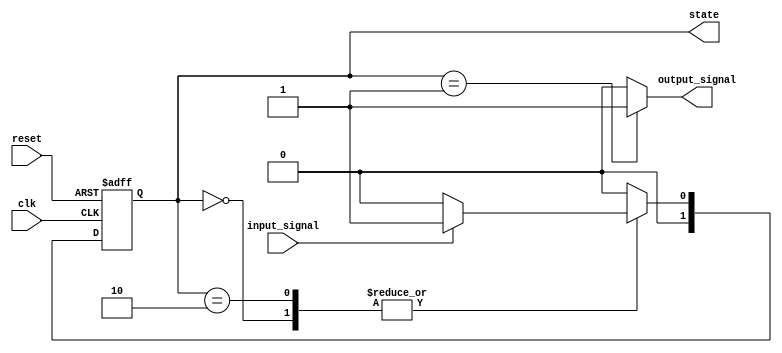
module moore_machine (
    input wire clk,          // Clock signal
    input wire reset,        // Asynchronous reset
    input wire input_signal, // Input signal affecting state transitions
    output reg [1:0] state,  // Current state (2 bits for 4 states)
    output reg output_signal  // Output signal based on current state
);

// State encoding
localparam S0 = 2'b00; // State 0
localparam S1 = 2'b01; // State 1
localparam S2 = 2'b10; // State 2

// State transition logic
always @(*) begin
    case (state)
        S0: begin
            if (input_signal)
                state_next = S1; // Transition from S0 to S1
            else
                state_next = S0; // Stay in S0
        end
        S1: begin
            if (input_signal)
                state_next = S2; // Transition from S1 to S2
            else
                state_next = S0; // Transition from S1 to S0
        end
        S2: begin
            if (input_signal)
                state_next = S1; // Transition from S2 to S1
            else
                state_next = S2; // Stay in S2
        end
        default: state_next = S0; // Default to S0
    endcase
end

// Output logic based on current state
always @(*) begin
    case (state)
        S0: output_signal = 1'b0; // Output for state S0
        S1: output_signal = 1'b1; // Output for state S1
        S2: output_signal = 1'b0; // Output for state S2
        default: output_signal = 1'b0; // Default output
    endcase
end

// State register with clock and reset
always @(posedge clk or posedge reset) begin
    if (reset) begin
        state <= S0; // Reset to initial state S0
    end else begin
        state <= state_next; // Update state to next state
    end
end

endmodule